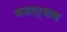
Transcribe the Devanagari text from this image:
बनला्यास